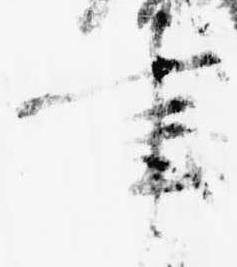
事